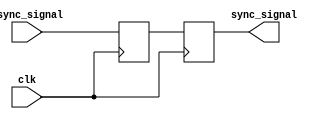
module synchronizer #(parameter WIDTH = 1) (
    input [WIDTH-1:0] async_signal,
    input clk,
    output [WIDTH-1:0] sync_signal
);
    reg [WIDTH-1:0] intermediate = 0;
    reg [WIDTH-1:0] sync_reg = 0;

    always @(posedge clk) begin
        intermediate <= async_signal;
        sync_reg <= intermediate;
    end
    assign sync_signal = sync_reg;

endmodule